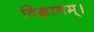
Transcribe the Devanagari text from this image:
विज्ञानम्।